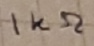
Text: 1KΩ